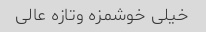
خیلی خوشمزه وتازه عالی